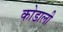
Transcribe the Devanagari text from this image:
कोडाली